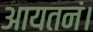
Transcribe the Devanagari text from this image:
आयतनं।